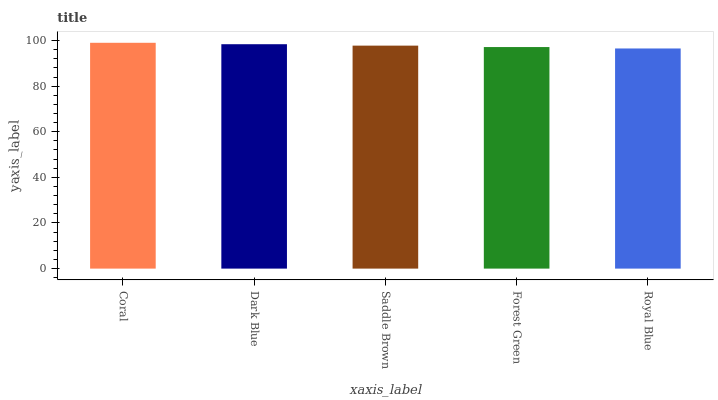
| xaxis_label | bars |
 | --- | --- |
 | Coral | 99 |
 | Dark Blue | 98.4 |
 | Saddle Brown | 97.8 |
 | Forest Green | 97.1 |
 | Royal Blue | 96.5 |